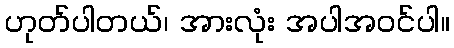
ဟုတ်ပါတယ်၊ အားလုံး အပါအဝင်ပါ။